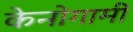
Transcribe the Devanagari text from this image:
केनोगामी